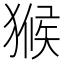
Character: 𤠣